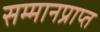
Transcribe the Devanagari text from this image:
सम्मानप्राप्त